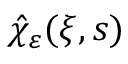
\hat { \chi } _ { \varepsilon } ( \xi , s )